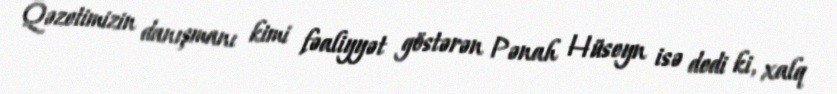
Qəzetimizin danışmanı kimi fəaliyyət göstərən Pənah Hüseyn isə dedi ki, xalq